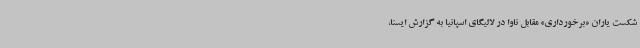
شکست یاران «برخورداری» مقابل ناوا در لالیگای اسپانیا به گزارش ایسنا،